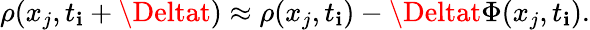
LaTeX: \rho(x_{j},t_{\mathbf{i}}+\Deltat)\approx\rho(x_{j},t_{\mathbf{i}})-\Deltat\Phi(x_{j},t_{\mathbf{i}}).